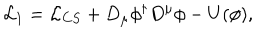
LaTeX: { \cal L } _ { 1 } = { \cal L } _ { C S } + D _ { \mu } \phi ^ { \dagger } D ^ { \mu } \phi - U ( \phi ) ,